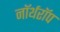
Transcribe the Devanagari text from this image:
नॉर्थरॉप